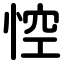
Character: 悾